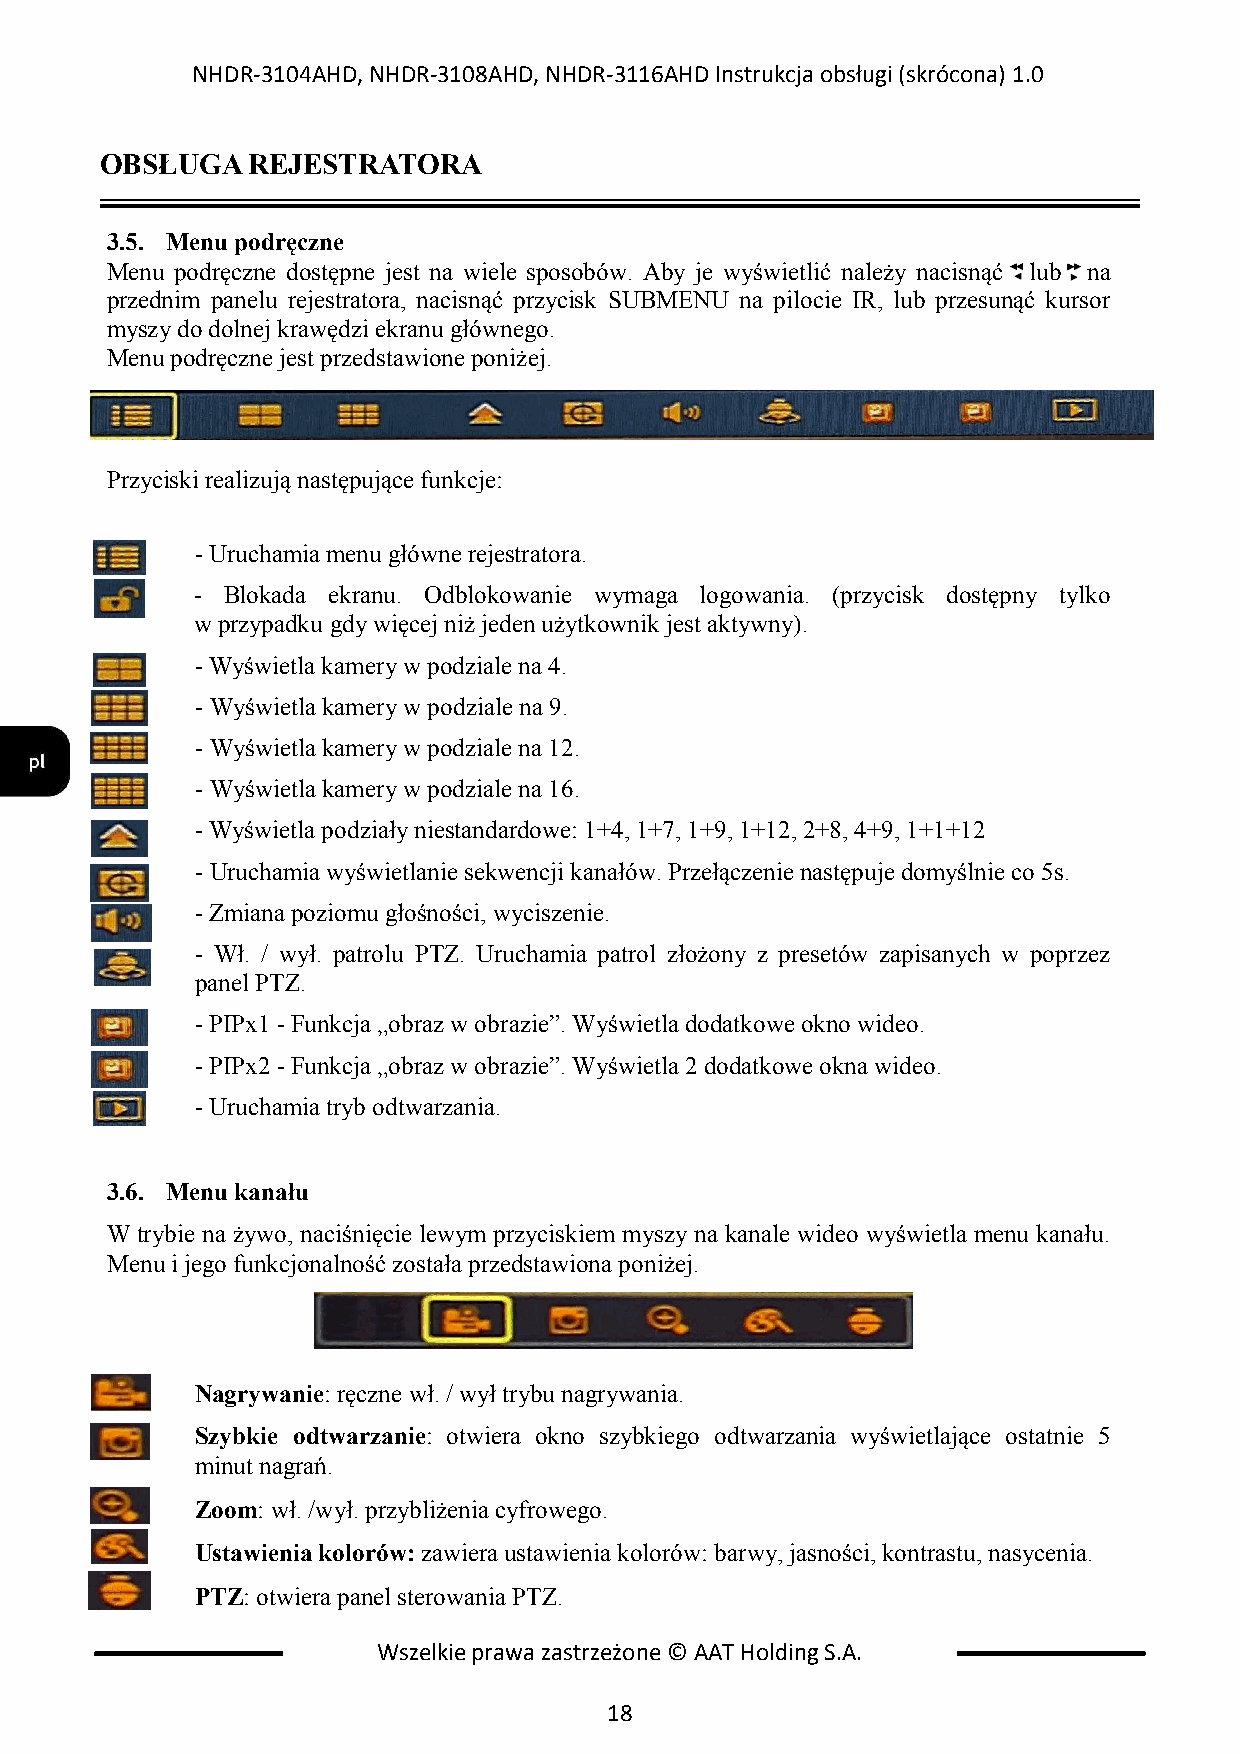
NHDR-3104AHD, NHDR-3108AHD, NHDR-3116AHD Instrukcja obsługi (skrócona) 1.0
 OBSŁUGA  REJESTRATORA
 3.5. Menu podręczne
 Menu podręczne dostępne jest na wiele sposobów. Aby je wyświetlić należy nacisnąć l ub na
 przednim panelu rejestratora, nacisnąć przycisk SUBMENU na pilocie IR, lub przesunąć kursor
 myszy do dolnej krawędzi ekranu głównego.
 Menu podręczne jest przedstawione poniżej.
 Przyciski realizują następujące funkcje:
 - Uruchamia menu główne rejestratora.
 - Blokada ekranu. Odblokowanie wymaga logowania. (przycisk dostępny tylko
 w przypadku gdy więcej niż jeden użytkownik jest aktywny).
 - Wyświetla kamery w podziale na 4.
 - Wyświetla kamery w podziale na 9.
 - Wyświetla kamery w podziale na 12.
 - Wyświetla kamery w podziale na 16.
 - Wyświetla podziały niestandardowe: 1+4, 1+7, 1+9, 1+12, 2+8, 4+9, 1+1+12
 - Uruchamia wyświetlanie sekwencji kanałów. Przełączenie następuje domyślnie co 5s.
 - Zmiana poziomu głośności, wyciszenie.
 - Wł. / wył. patrolu PTZ. Uruchamia patrol złożony z presetów zapisanych w poprzez
 panel PTZ.
 - PIPx1 - Funkcja „obraz w obrazie”. Wyświetla dodatkowe okno wideo.
 - PIPx2 - Funkcja „obraz w obrazie”. Wyświetla 2 dodatkowe okna wideo.
 - Uruchamia tryb odtwarzania.
 3.6. Menu kanału
 W trybie na żywo, naciśnięcie lewym przyciskiem myszy na kanale wideo wyświetla menu kanału.
 Menu i jego funkcjonalność została przedstawiona poniżej.
 Nagrywanie: ręczne wł. / wył trybu nagrywania.
 Szybkie odtwarzanie: otwiera okno szybkiego odtwarzania wyświetlające ostatnie 5
 minut nagrań.
 Zoom: wł. /wył. przybliżenia cyfrowego.
 Ustawienia kolorów: zawiera ustawienia kolorów: barwy, jasności, kontrastu, nasycenia.
 PTZ: otwiera panel sterowania PTZ.
 Wszelkie prawa zastrzeżone © AAT Holding S.A.
 18